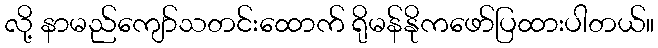
လို့ နာမည်ကျော်သတင်းထောက် ရိုမန်နိုကဖော်ပြထားပါတယ်။